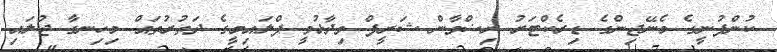
ކުންފުނީގެ މެނޭޖިންގެ ޑިރެކްޓަރު ރިޟްވާން ޝަރީފް ވިދާޅުވީ ފްލައިމީގެ ދަތުރުތައް މިހިނގާ ޖުލައި